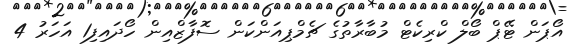
އޯޕަން ޓޭޕް ބޯލް ކްރިކެޓް މުބާރާތުގެ ޗެމްޕިއަންކަން ސޮފާޒްއިން ހޯދައިފި1 އަހަރު 4